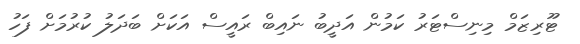
ޓޫރިޒަމް މިނިސްޓަރު ކަމުން އަދީބު ނައިބް ރައީސް އަކަށް ބަދަލު ކުރުމަށް ފަހު